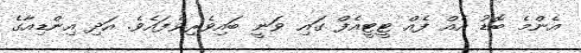
އެންމެ ބޮޑު އެއް ފެއް ޓީޓީއެފް ގައި ވަނީ ބައިވެރިވެފައެވެ. އަދި އިންޑިއާގެ